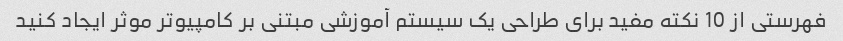
فهرستی از 10 نکته مفید برای طراحی یک سیستم آموزشی مبتنی بر کامپیوتر موثر ایجاد کنید